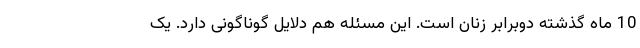
10 ماه گذشته دوبرابر زنان است. این مسئله هم دلایل گوناگونی دارد. یک